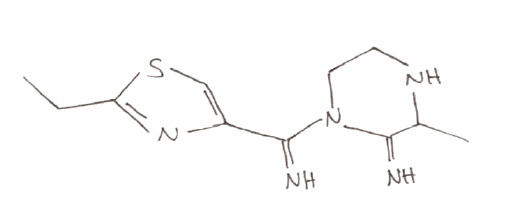
Simplified molecular-input line-entry system (SMILES) notation of the given molecule:
CCC1=NC(=CS1)C(=N)N2CCNC(C2=N)C